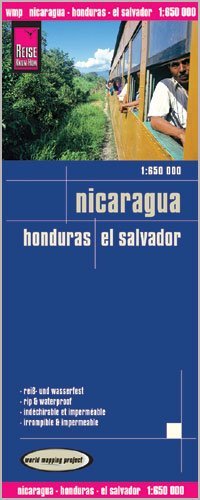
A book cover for Nicaragua, Honduras & El Salvador 1:650,000 Travel Map, waterproof, GPS-compatible REISE; Reise KnowHow; Travel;